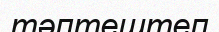
тәптештеп